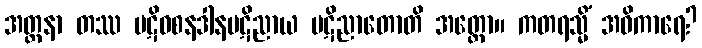
အတ္တနာ တဿ ပဋိဝစနဒါနပဋိညာယ ပဋိညာတောတိ အတ္ထော။ ကတရသ္မိံ အဓိကာရေ?